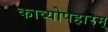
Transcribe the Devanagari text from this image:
काव्योपहारम्